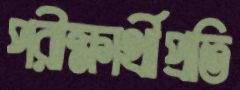
পরীক্ষার্থীপ্রতি